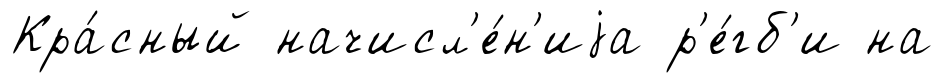
Кра́сный начисл'е́н'иjа р'е́гб'и на